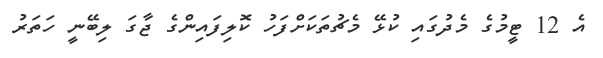
އެ 12 ޓީމުގެ މެދުގައި ކުޅޭ މެޗުތަކަށްފަހު ކޮލިފައިންގެ ޖާގަ ލިބޭނީ ހަތަރު